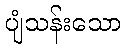
ပျံသန်းသော